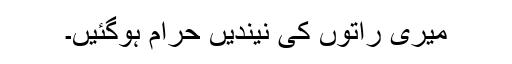
میری راتوں کی نیندیں حرام ہوگئیں۔